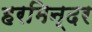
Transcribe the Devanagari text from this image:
हरमिन्दर